Juri_Uluots, lk 16
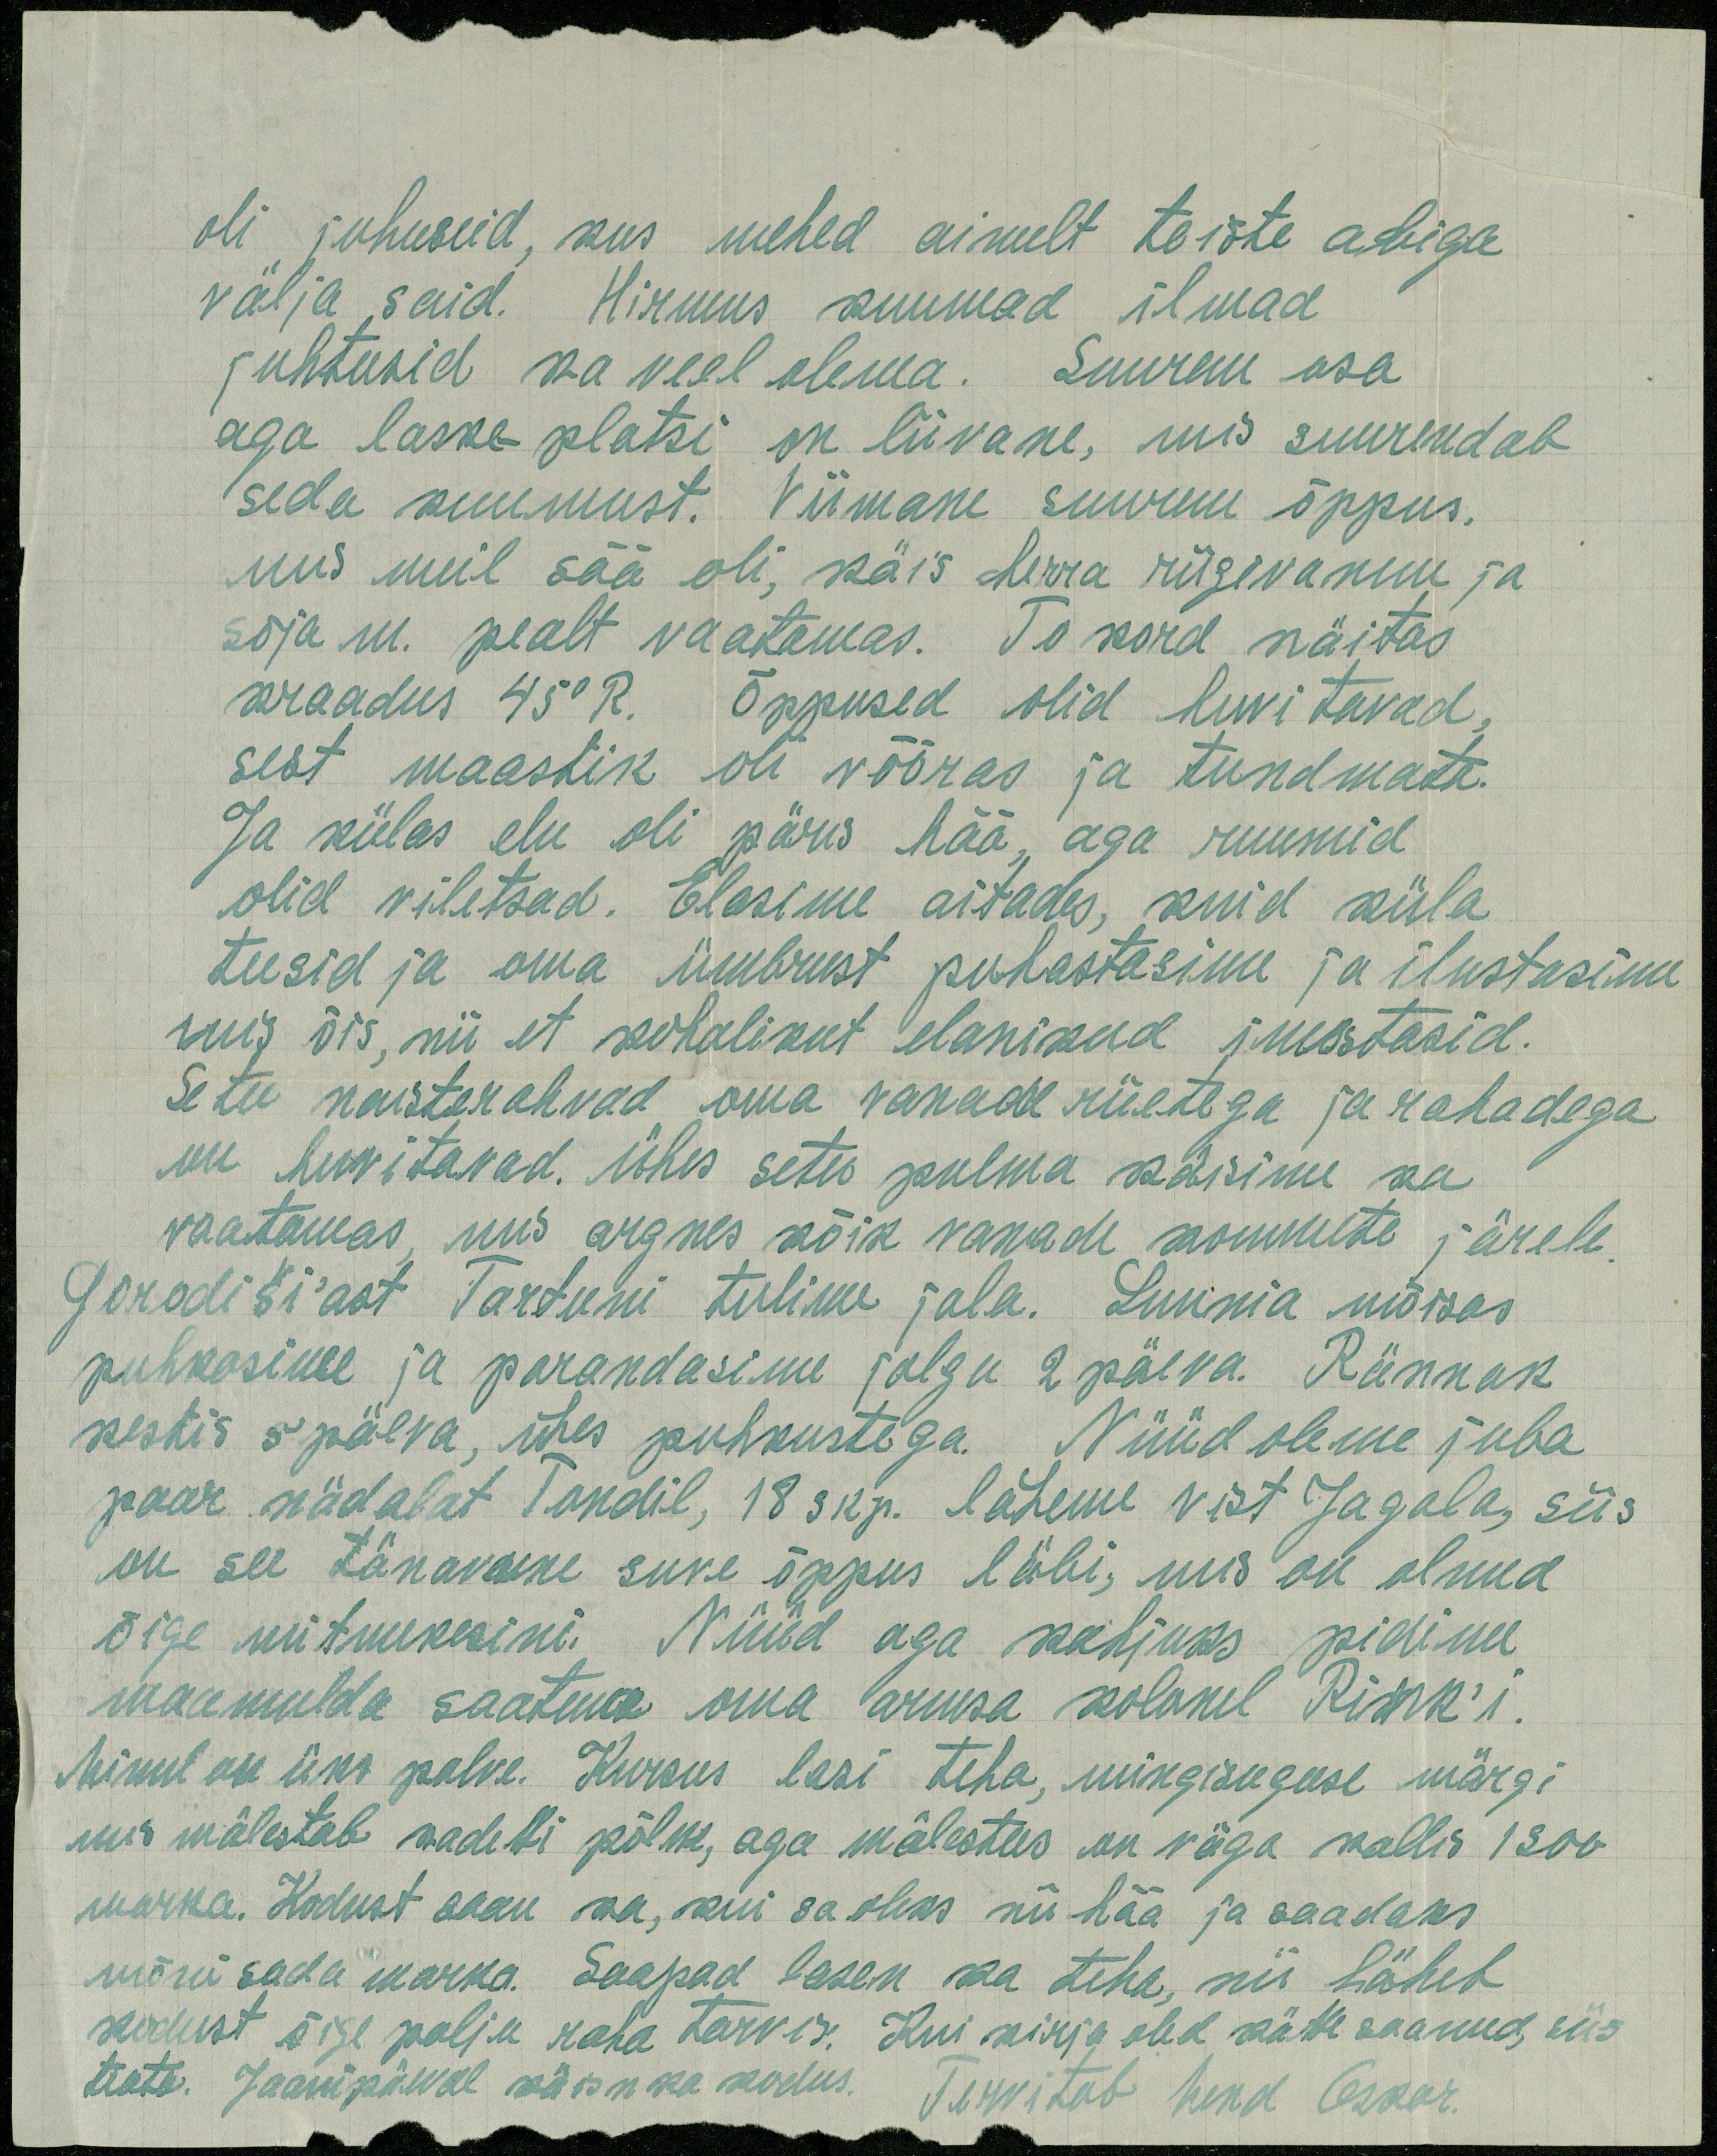
oli juhuseid, kus mehed ainult teiste abiga
välja said. Hirmus kuumad ilmad
juhtusid ka veel olema. Suurem osa
aga laske-platsi on liivane, mis suurendab
seda kuumust. Viimane suurem õppus,
mis meil sää oli, käis herra riigivanem ja
sõja m. pealt vaatamas. To kord näitas
kraadus 45°R. Õppused olid huvitavad,
sest maastik oli võõras ja tundmata.
Ja külas elu oli päris hää, aga ruumid
olid viletsad. Elasime aitades, kuid küla
teesid ja oma ümbrust puhastasime ja ilustasime
mis õis, nii et kohalikut elanikud imestasid.
Setu naisterahvad oma vanade riietega ja rahadega
on huvitavad. Ühes setu pulma käisime ka
vaatamas, kus argnes kõik vanade kommete järele.
Gorodiši'ast Tartuni tulime jala. Luunia mõisas
puhkasime ja parandasime jalgu 2 päeva. Rännak
kestis 5 päeva, ühes puhkustega. Nüüd oleme juba
paar nädalat Tondil, 18 skp. läheme vist Jagala, siis
on see tänavune suve õppus läbi, mis on olnud
õige mitmekesini. Nüüd aga kahjuks pidime
maamulda saatma oma armsa kolonel Rink'i.
Minul on üks palve. Kursus lasi teha, mingisuguse märgi
mis mälestab kadetti põlve, aga mälestus on väga kallis 1300
marka. Kodust saan ka, kui sa oleks nii hää ja saadaks
mõnisada marka. Saapad lasen ka teha, nii läheb
kodust õige palju raha tarvis. Kui kirja oled kätte saanud, siis
teata. Jaanipäeval käisin ka kodus.
Tervitab vend Oskar.